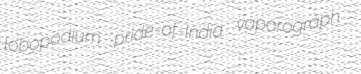
lobopodium pride-of-India vaporograph